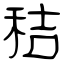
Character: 秸